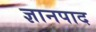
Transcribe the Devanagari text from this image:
ज्ञानपाद